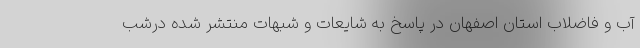
آب و فاضلاب استان اصفهان در پاسخ به شایعات و شبهات منتشر شده درشب